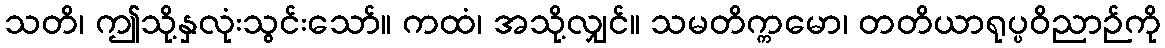
သတိ၊ ဤသို့နှလုံးသွင်းသော်။ ကထံ၊ အသို့လျှင်။ သမတိက္ကမော၊ တတိယာရုပ္ပဝိညာဉ်ကို